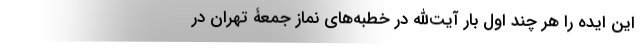
این ایده را هر چند اول بار آیت‌الله در خطبه‌های نماز جمعۀ تهران در